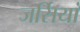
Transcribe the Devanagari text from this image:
जर्सियां